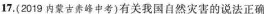
17.(2019内蒙古赤峰中考)有关我国自然灾害的说法正确